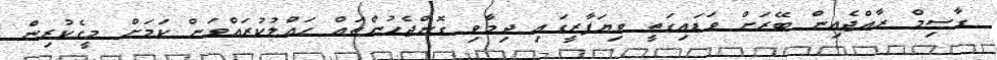
ގާސިމް ރާއްޖެއިން ބޭރަށް ވަޑައިގަތީ ވިޔަފާރީގައި ދިމާވި ގޮންޖެހުންތައް ހައްލުކުރައްވަން ކަމަށް މީގެކުރިން